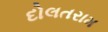
દોલતરામ